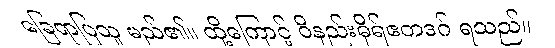
ခြေရာပြသူ မည်၏။ ထို့ကြောင့် ဝိနည်းဓိုရ်ဧတဒဂ် ရသည်။